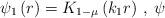
LaTeX: \begin{align*}\psi _{1}\left( r\right) =K_{1-\mu }\left( k_{1}r\right) \,,\;\psi\end{align*}